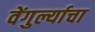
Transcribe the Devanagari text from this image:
वेंगुर्ल्याचा